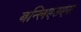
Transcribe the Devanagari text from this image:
बन्लिएउएस